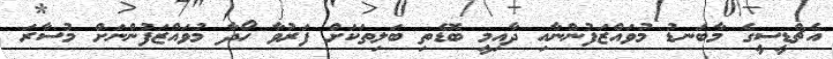
އެޗްޑީސީގެ މާބަނޑު މުވައްޒަފުންނާއި ދާއިމީ ބޮޑެތި ބަލިތަކަށް ފަރުވާ ހޯދާ މުވައްޒަފުންނަށް މުސާރަ